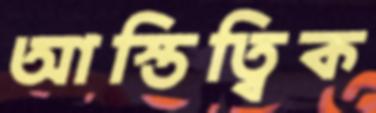
আস্তিত্বিক